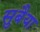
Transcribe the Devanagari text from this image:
सुबैया